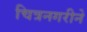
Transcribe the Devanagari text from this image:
चित्रनगरीने